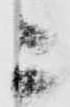
被